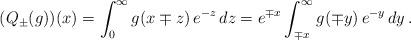
LaTeX: \begin{align*}(Q_\pm(g))(x)=\int_0^\infty g(x\mp z)\,e^{-z}\,dz=e^{\mp x}\int_{\mp x}^\infty g(\mp y)\,e^{-y}\,dy\,.\end{align*}